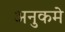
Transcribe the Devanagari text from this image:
अनुकमे